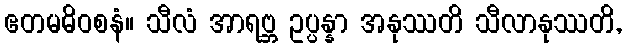
ဧတမဓိဝစနံ။ သီလံ အာရဗ္ဘ ဥပ္ပန္နာ အနုဿတိ သီလာနုဿတိ,